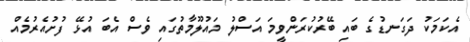
އެކަމަކު ދަގަނޑުގެ ބައި ބޭރުކުރަންވީމަ އަސްލު މައުލޫމާތުގައި ވެސް އެބަ އުޅޭ ފުށުއެރުމެއް